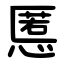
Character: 慝